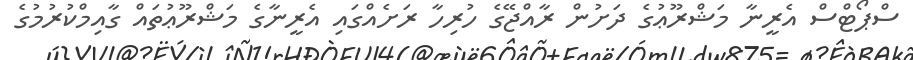
ސްޕޯޓްސް އެރީނާ މަޝްރޫޢުގެ ދަށުން ރާއްޖޭގެ ހުރިހާ ރަށެއްގައި އެރީނާގެ މަޝްރޫޢުތައް ގާއިމްކުރުމުގެ